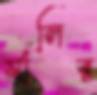
র‍্যালির